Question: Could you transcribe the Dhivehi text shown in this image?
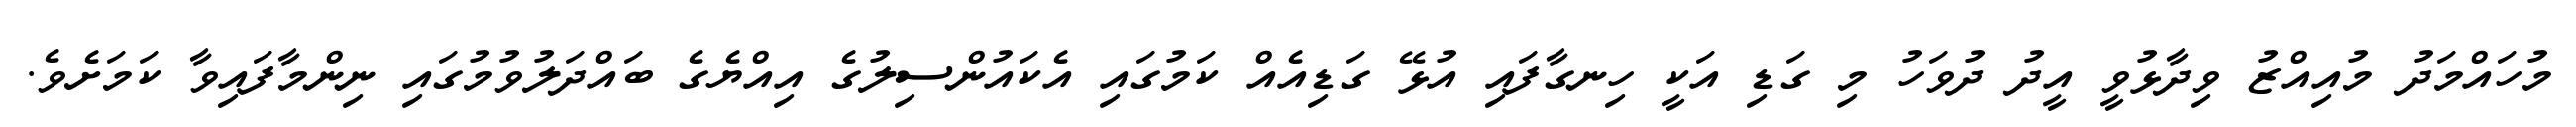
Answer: މުހައްމަދު މުއިއްޒު ވިދާޅުވީ އީދު ދުވަހު މި ގަޑި އަކީ ހިނގާފައި އުޅޭ ގަޑިއެއް ކަމުގައި އެކައުންސިލުގެ އިއްޔެގެ ބައްދަލުވުމުގައި ނިންމާފައިވާ ކަމަށެވެ.